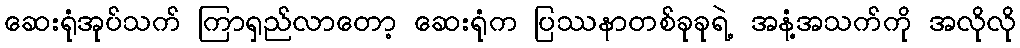
ဆေးရုံအုပ်သက် ကြာရှည်လာတော့ ဆေးရုံက ပြဿနာတစ်ခုခုရဲ့ အနံ့အသက်ကို အလိုလို